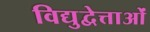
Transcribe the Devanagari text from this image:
विद्युद्वेत्ताओं